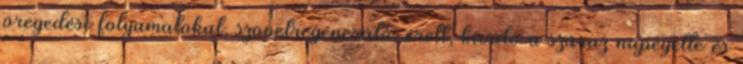
öregedési folyamatokat, szövetregeneráló, érett, kiváló a száraz napégette és